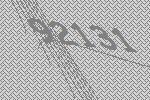
92131